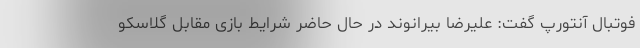
فوتبال آنتورپ گفت: علیرضا بیرانوند در حال حاضر شرایط بازی مقابل گلاسکو